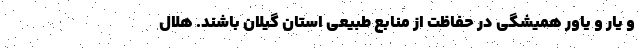
و یار و یاور همیشگی در حفاظت از منابع طبیعی استان گیلان باشند. هلال